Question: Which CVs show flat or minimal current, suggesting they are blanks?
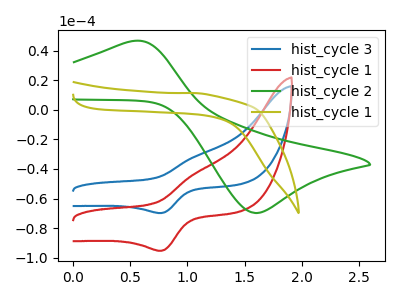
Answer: <think>The blue curve "hist_cycle 3" has an anodic peak at (1.05V, -31.70uA) and a cathodic peak at (0.75V, -69.80uA). The red curve "hist_cycle 1" has an anodic peak at (1.05V, -43.25uA) and a cathodic peak at (0.75V, -95.35uA). The green curve "hist_cycle 2" has an anodic peak at (0.50V, 46.55uA) and a cathodic peak at (1.60V, -69.75uA). The olive curve "hist_cycle 1" has no peaks.</think>
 <answer>"hist_cycle 1" is likely to be a blank.</answer>
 <eval>hist_cycle 1</eval>